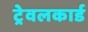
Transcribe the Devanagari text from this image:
ट्रेवलकार्ड